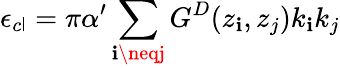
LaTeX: \epsilon_{c\mathsf{l}}=\pi\alpha^{\prime}\sum_{\mathbf{i}\neqj}G^{D}(z_{\mathbf{i}},z_{j})k_{\mathbf{i}}k_{j}